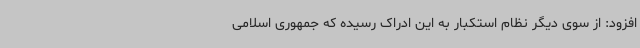
افزود: از سوی دیگر نظام استکبار به این ادراک رسیده که جمهوری اسلامی